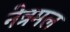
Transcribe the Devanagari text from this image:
नेत्रमल